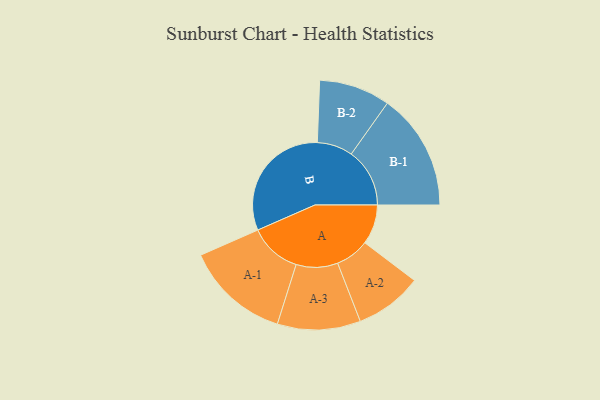
{"axis": {"x": "Segment", "y": "Value"}, "legend": ["", "A", "B"], "data": [{"x": "A", "y": 153, "type": ""}, {"x": "B", "y": 477, "type": ""}, {"x": "A-1", "y": 201, "type": "A"}, {"x": "A-2", "y": 130, "type": "A"}, {"x": "A-3", "y": 160, "type": "A"}, {"x": "B-1", "y": 225, "type": "B"}, {"x": "B-2", "y": 137, "type": "B"}]}